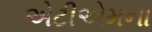
એટીએમના